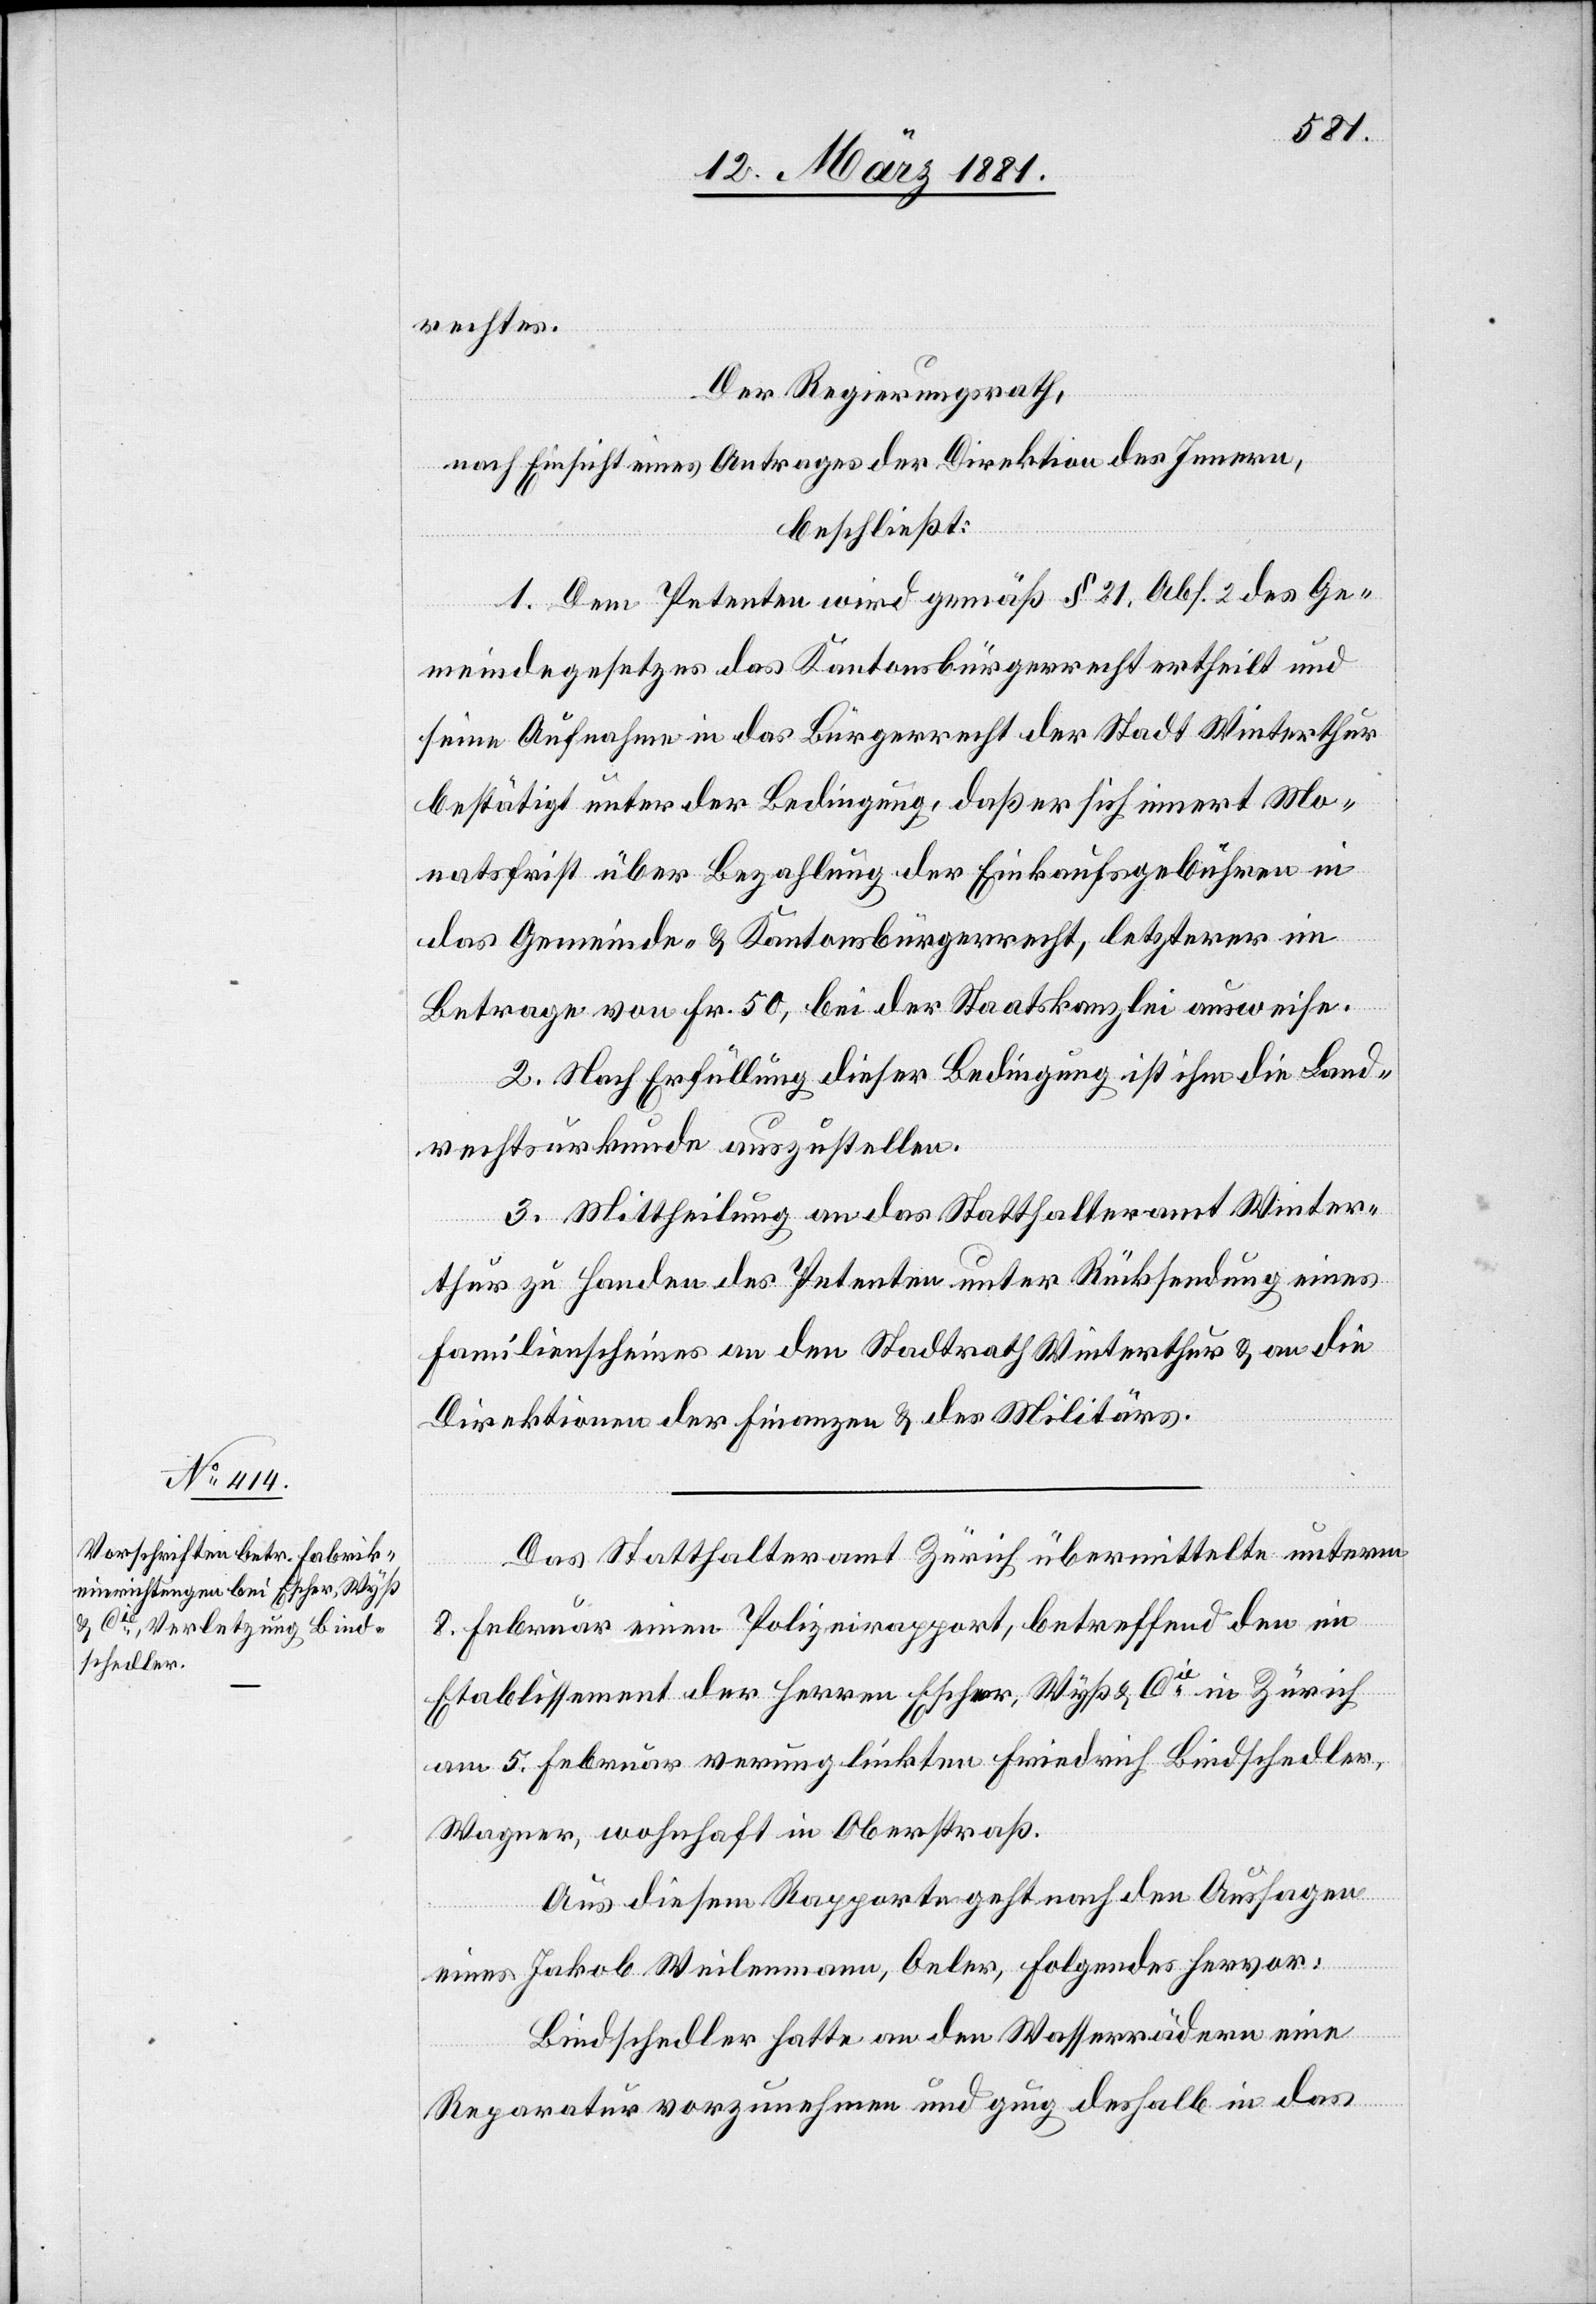
rechtes.
Der Regierungsrath,
nach Einsicht eines Antrages der Direktion des Innern,
beschließt:
1. Dem Petenten wird gemäß § 21. Abs. 2 des Ge¬
meindegesetzes das Kantonsbürgerrecht ertheilt und
seine Aufnahme in das Bürgerrecht der Stadt Winterthur
bestätigt unter der Bedingung, daß er sich innert Mo¬
natsfrist über Bezahlung der Einkaufsgebühren in
das Gemeinde- & Kantonsbürgerrecht, letzterer im
Betrage von Fr. 50, bei der Staatskanzlei ausweise.
2. Nach Erfüllung dieser Bedingung ist ihm die Land¬
rechtsurkunde auszustellen.
3. Mittheilung an das Statthalteramt Winter¬
thur zu Handen des Petenten unter Rücksendung eines
Familienscheines an den Stadtrath Winterthur & an die
Direktionen der Finanzen & des Militärs.
Das Statthalteramt Zürich übermittelte unterm
8. Februar einen Polizeiapparat, betreffend den im
Etablissement der Herren Escher, Wyß & Cie in Zürich
am 5. Februar verunglückten Friedrich Bindschedler,
Wagner, wohnhaft in Oberstraß.
Aus diesem Rapporte geht nach den Aussagen
eines Jakob Weilenmann, Oeler, Folgendes hervor:
Bindschedler hatte an den Wasserrädern eine
Reparatur vorzunehmen und ging deshalb in das